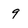
Character: 9